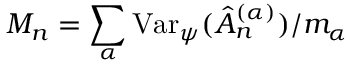
M _ { n } = \sum _ { \alpha } \mathrm { V a r } _ { \psi } ( \hat { A } _ { n } ^ { ( \alpha ) } ) / m _ { \alpha }